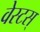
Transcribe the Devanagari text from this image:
वेस्टस्‌